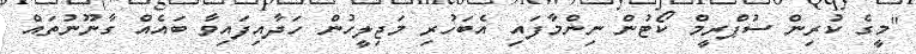
"މީގެ ކުރިން ސުޕްރީމް ކޯޓުން ނިންމާފައި އެބަހުރި މަޖިލީހުން ހަދާއިފައިވާ ބައެއް ގާނޫނުތައް